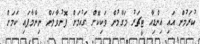
ކުރަމުން އައި އިންޑިއާ ޓީޗަރު މަގާމުން ވަކިކޮށް ގައުމަށް ފޮނުވާލަން ނިންމާފައި ކަމަށް